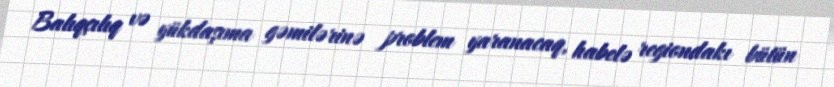
Balıqçılıq və yükdaşıma gəmilərinə problem yaranacaq, habelə regiondakı bütün